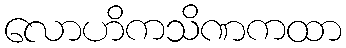
လောဟိကသိဏကထာ